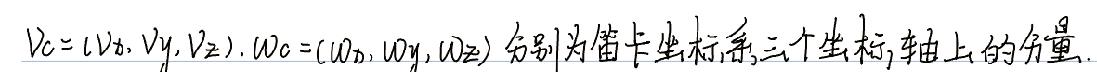
$\vec{v}_c=(v_{cx},v_{cy},v_{cz}),\omega_c=(\omega_{cx},\omega_{cy},\omega_{cz})$分别为笛卡尔坐标系三个坐标轴上的分量.